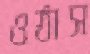
ওঠাস